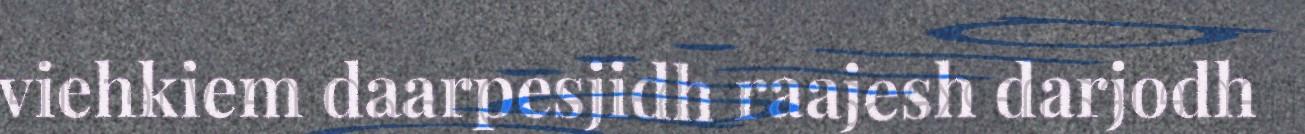
viehkiem daarpesjidh raajesh darjodh